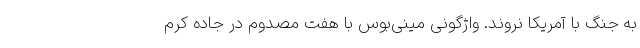
به جنگ با آمریکا نروند. واژگونی مینی‌بوس با هفت مصدوم در جاده کرم